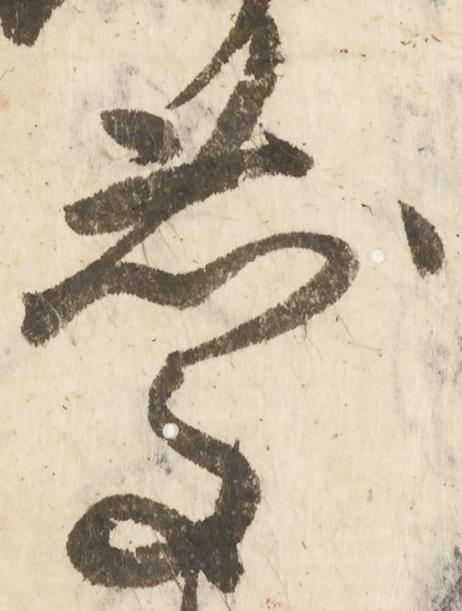
慶